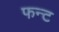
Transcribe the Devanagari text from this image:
फन्ट